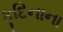
ફૂદિનાના